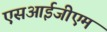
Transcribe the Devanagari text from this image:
एसआईजीएम